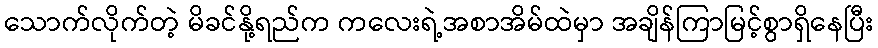
သောက်လိုက်တဲ့ မိခင်နို့ရည်က ကလေးရဲ့အစာအိမ်ထဲမှာ အချိန်ကြာမြင့်စွာရှိနေပြီး